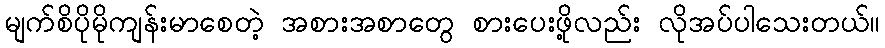
မျက်စိပိုမိုကျန်းမာစေတဲ့ အစားအစာတွေ စားပေးဖို့လည်း လိုအပ်ပါသေးတယ်။